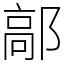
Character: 鄗